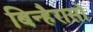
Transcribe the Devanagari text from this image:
बिन्हैरासो